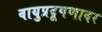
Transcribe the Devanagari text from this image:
वायुप्रदूषणावर